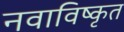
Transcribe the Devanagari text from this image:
नवाविष्कृत